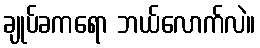
ချုပ်ခကရော ဘယ်လောက်လဲ။